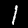
Digit: 1